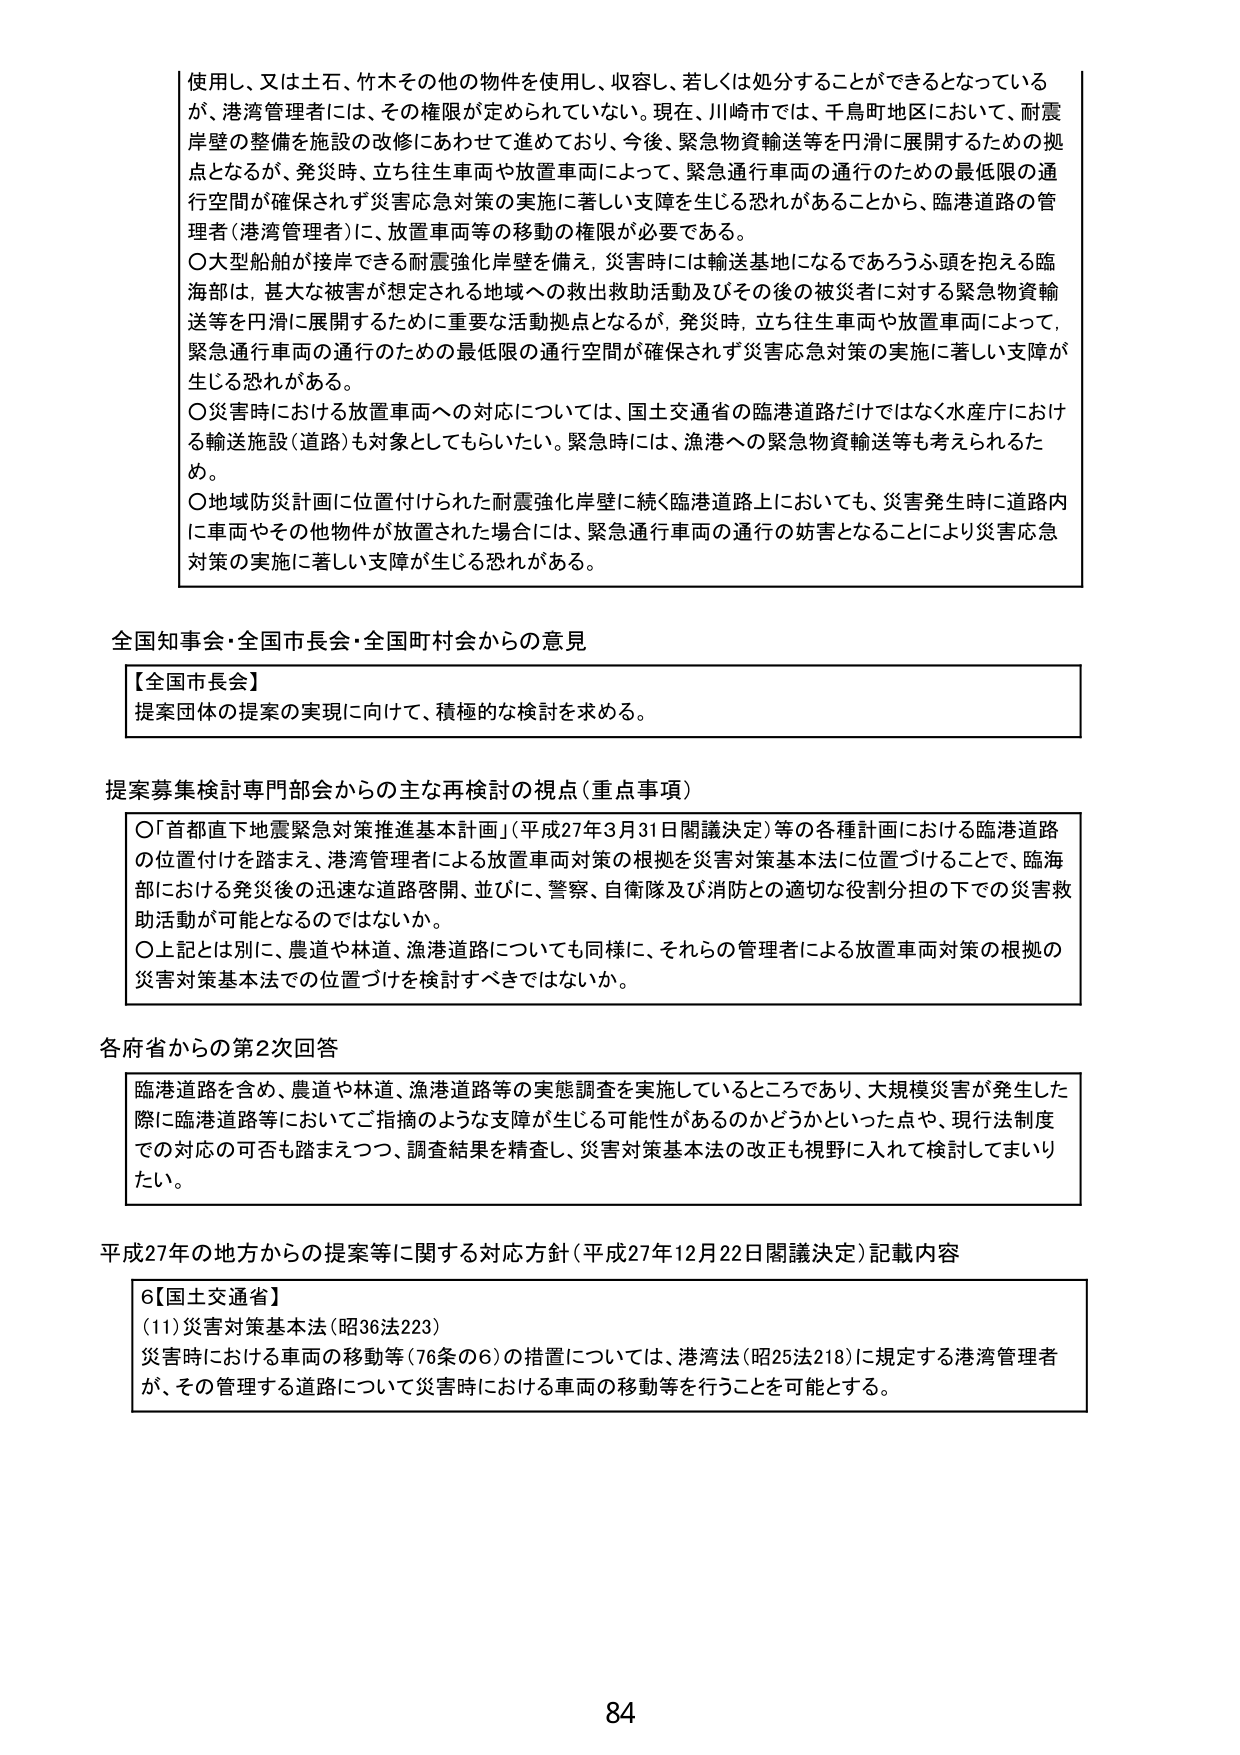
使用し、又は土石、竹木その他の物件を使用し、収容し、若しくは処分することができるとなっているが、港湾管理者には、その権限が定められていない。現在、川崎市では、千鳥町地区において、耐震岸壁の整備を施設の改修にあわせて進めており、今後、緊急物資輸送等を円滑に展開するための拠点となるが、発災時、立ち往生車両や放置車両によって、緊急通行車両の通行のための最低限の通行空間が確保されず災害応急対策の実施に著しい支障を生じる恐れがあることから、臨港道路の管理者（港湾管理者）に、放置車両等の移動の権限が必要である。

○大型船舶が接岸できる耐震強化岸壁を備え、災害時には輸送基地になるであろうふ頭を抱える臨海部は、甚大な被害が想定される地域への救出救助活動及びその後の被災者に対する緊急物資輸送等を円滑に展開するために重要な活動拠点となるが、発災時、立ち往生車両や放置車両によって、緊急通行車両の通行のための最低限の通行空間が確保されず災害応急対策の実施に著しい支障が生じる恐れがある。

○災害時における放置車両への対応については、国土交通省の臨港道路だけではなく水産庁における輸送施設（道路）も対象としてもらいたい。緊急時には、漁港への緊急物資輸送等も考えられるため。

○地域防災計画に位置付けられた耐震強化岸壁に続く臨港道路上においても、災害発生時に道路内に車両やその他物件が放置された場合には、緊急通行車両の通行の妨害となることにより災害応急対策の実施に著しい支障が生じる恐れがある。

全国知事会・全国市長会・全国町村会からの意見

【全国市長会】
提案団体の提案の実現に向けて、積極的な検討を求める。

提案募集検討専門部会からの主な再検討の視点（重点事項）

○「首都直下地震緊急対策推進基本計画」（平成27年3月31日閣議決定）等の各種計画における臨港道路の位置付けを踏まえ、港湾管理者による放置車両対策の根拠を災害対策基本法に位置づけることで、臨海部における発災後の迅速な道路啓開、並びに、警察、自衛隊及び消防との適切な役割分担の下での災害救助活動が可能となるのではないか。

○上記とは別に、農道や林道、漁港道路についても同様に、それらの管理者による放置車両対策の根拠の災害対策基本法での位置づけを検討すべきではないか。

各府省からの第2次回答

臨港道路を含め、農道や林道、漁港道路等の実態調査を実施しているところであり、大規模災害が発生した際に臨港道路等においてご指摘のような支障が生じる可能性があるのかどうかといった点や、現行法制度での対応の可否も踏まえつつ、調査結果を精査し、災害対策基本法の改正も視野に入れて検討してまいりたい。

平成27年の地方からの提案等に関する対応方針（平成27年12月22日閣議決定）記載内容

6【国土交通省】
(11)災害対策基本法（昭36法223）
災害時における車両の移動等（76条の6）の措置については、港湾法（昭25法218）に規定する港湾管理者が、その管理する道路について災害時における車両の移動等を行うことを可能とする。

84